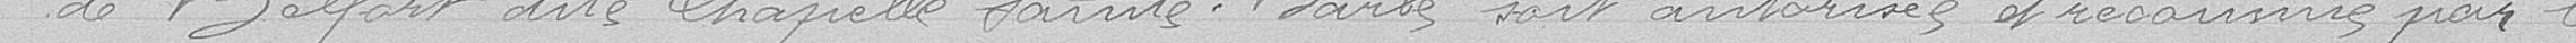
de Belfort dite Chapelle Sainte-Barbe soit autorisée et reconnue par le